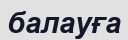
балауға